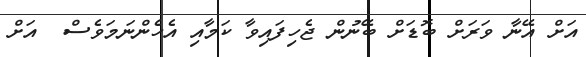
އަށް އޭނާ ވަރަށް ބޮޑަށް ބޭނުން ޖެހިފައިވާ ކަމާއި އެހެންނަމަވެސް  އަށް